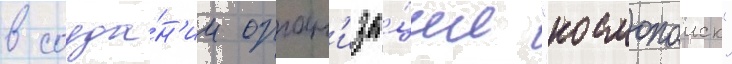
в созда́н'ии орган'иза́ции "космопоиск"